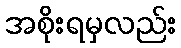
အစိုးရမှလည်း